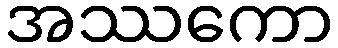
အဿကော